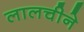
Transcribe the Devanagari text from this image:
लालचीने